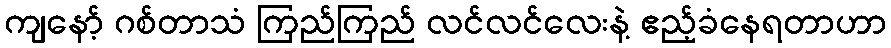
ကျနော့် ဂစ်တာသံ ကြည်ကြည် လင်လင်လေးနဲ့ ဧည့်ခံနေရတာဟာ